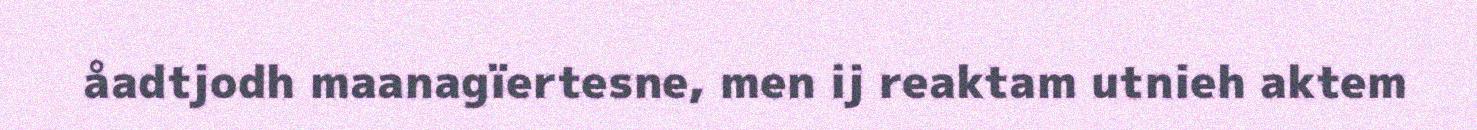
åadtjodh maanagïertesne, men ij reaktam utnieh aktem